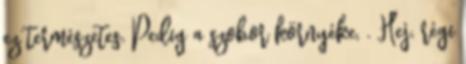
ez természetes. Pedig a szobor környéke, . Hej, régi